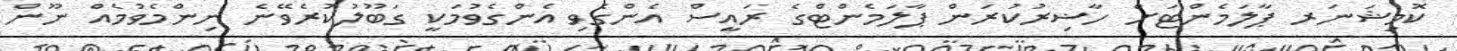
ކޮމިޝަނަރ ޕާލަމެންޓަށް ހާޟިރުކުރަން ޕާލަމެންޓްގެ ރައީސް އެންގެވި އެންގެވުމަކީ ގަބޫލުކުރެވޭނެ ނިންމެވުމެއް ނޫން